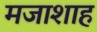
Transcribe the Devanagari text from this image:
मजाशाह